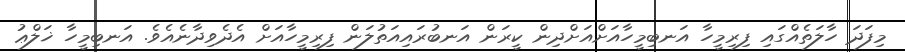
މިފަދަ ހާލަތެއްގައި ފިރިމީހާ އަނބިމީހާއަށްއަށްދިން ކީރަން އަނބުރައިއަތުލަން ފިރިމީހާއަށް އެދެވިދާނެއެވެ. އަނބިމީހާ ޚަލްޢު